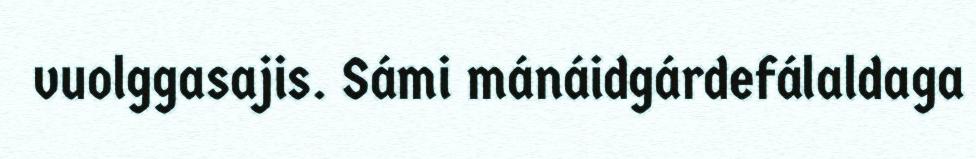
vuolggasajis. Sámi mánáidgárdefálaldaga